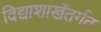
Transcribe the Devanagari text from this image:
विद्याशाखेंतर्गत